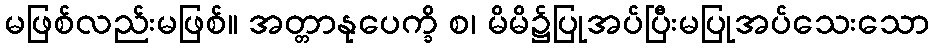
မဖြစ်လည်းမဖြစ်။ အတ္တာနုပေက္ခိ စ၊ မိမိ၌ပြုအပ်ပြီးမပြုအပ်သေးသော